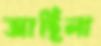
আছিলা